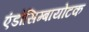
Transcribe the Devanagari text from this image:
एंडोसिम्बायोटक